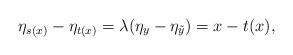
LaTeX: \begin{align*}\eta_{s(x)} - \eta_{t(x)} = \lambda(\eta_y - \eta_{\tilde{y}})= x - t(x),\end{align*}